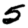
Digit: 5